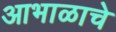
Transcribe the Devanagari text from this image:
आभाळाचे